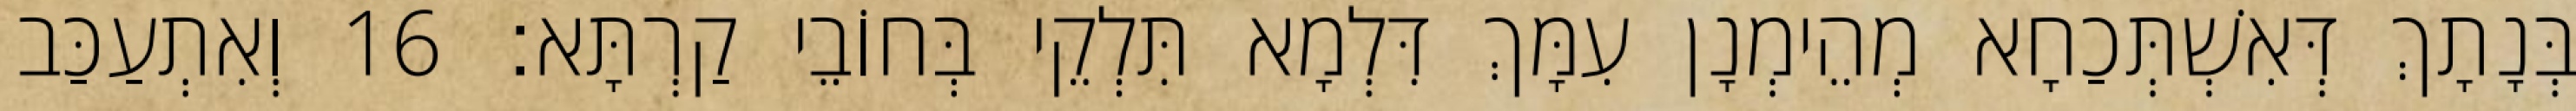
בְּנָתָךְ דְּאִשְׁתְּכַחָא מְהֵימְנָן עִמָּךְ דִּלְמָא תִּלְקֵי בְּחוֹבֵי קַרְתָּא׃ 16 וְאִתְעַכַּב